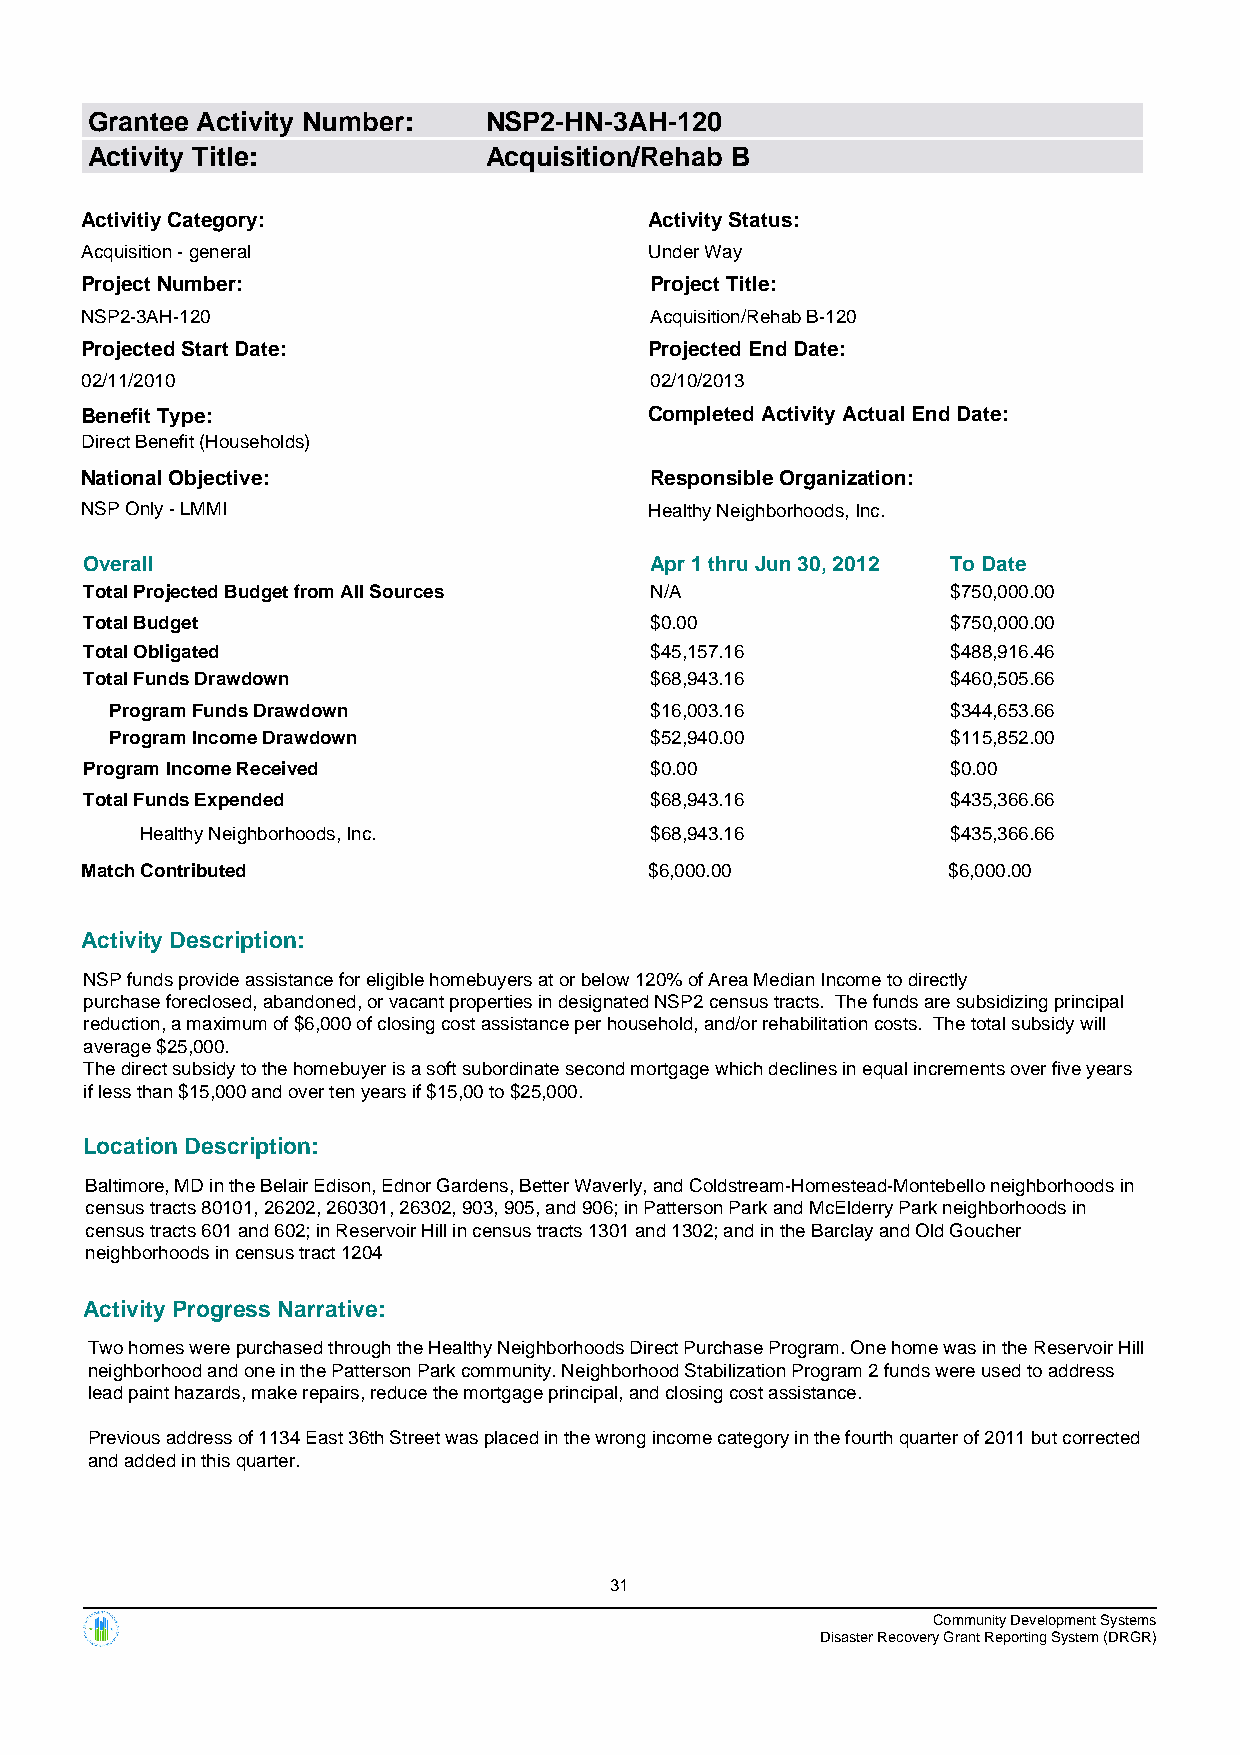
Grantee Activity Number:  NSP2-HN-3AH-120
 Activity Title:           Acquisition/Rehab B
 Activitiy Category:                   Activity Status:
 Acquisition - general                 Under Way
 Project Number:                       Project Title:
 NSP2-3AH-120                          Acquisition/Rehab B-120
 Projected Start Date:                 Projected End Date:
 02/11/2010                            02/10/2013
 Benefit Type:                         Completed Activity Actual End Date:
 Direct Benefit (Households)
 National Objective:                   Responsible Organization:
 NSP Only - LMMI                       Healthy Neighborhoods, Inc.
 Overall                              Apr 1 thru Jun 30, 2012 To Date
 Total Projected Budget from All Sources N/A              $750,000.00
 Total Budget                         $0.00               $750,000.00
 Total Obligated                      $45,157.16          $488,916.46
 Total Funds Drawdown                 $68,943.16          $460,505.66
 Program Funds Drawdown              $16,003.16          $344,653.66
 Program Income Drawdown             $52,940.00          $115,852.00
 Program Income Received              $0.00               $0.00
 Total Funds Expended                 $68,943.16          $435,366.66
 Healthy Neighborhoods, Inc.       $68,943.16          $435,366.66
 Match Contributed                     $6,000.00           $6,000.00
 Activity Description:
 NSP funds provide assistance for eligible homebuyers at or below 120% of Area Median Income to directly
 purchase foreclosed, abandoned, or vacant properties in designated NSP2 census tracts. The funds are subsidizing principal
 reduction, a maximum of $6,000 of closing cost assistance per household, and/or rehabilitation costs. The total subsidy will
 average $25,000.
 The direct subsidy to the homebuyer is a soft subordinate second mortgage which declines in equal increments over five years
 if less than $15,000 and over ten years if $15,00 to $25,000.
 Location Description:
 Baltimore, MD in the Belair Edison, Ednor Gardens, Better Waverly, and Coldstream-Homestead-Montebello neighborhoods in
 census tracts 80101, 26202, 260301, 26302, 903, 905, and 906; in Patterson Park and McElderry Park neighborhoods in
 census tracts 601 and 602; in Reservoir Hill in census tracts 1301 and 1302; and in the Barclay and Old Goucher
 neighborhoods in census tract 1204
 Activity Progress Narrative:
 Two homes were purchased through the Healthy Neighborhoods Direct Purchase Program. One home was in the Reservoir Hill
 neighborhood and one in the Patterson Park community. Neighborhood Stabilization Program 2 funds were used to address
 lead paint hazards, make repairs, reduce the mortgage principal, and closing cost assistance.
 Previous address of 1134 East 36th Street was placed in the wrong income category in the fourth quarter of 2011 but corrected
 and added in this quarter.
 31
 Community Development Systems
 Disaster Recovery Grant Reporting System (DRGR)